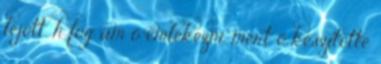
lejött, h fog ám ő emlékezni. mert ő készitette